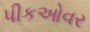
પીકઓવર